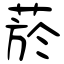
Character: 菸